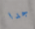
جدا